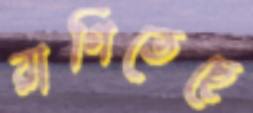
রাগিতেছে